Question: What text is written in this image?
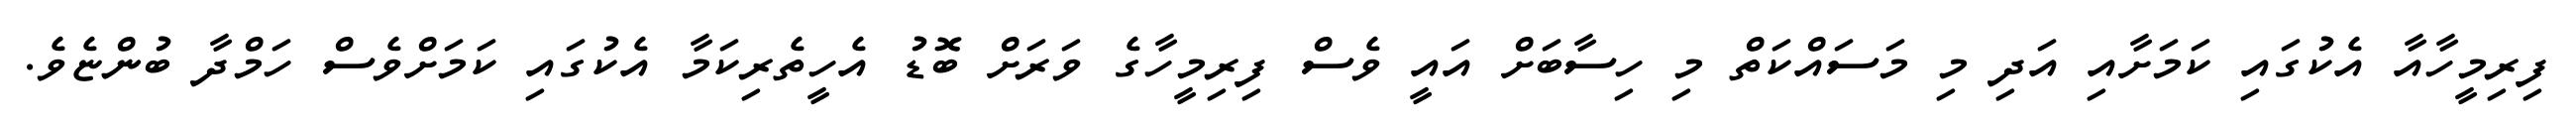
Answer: ފިރިމީހާއާ އެކުގައި ކަމަށާއި އަދި މި މަސައްކަތް މި ހިސާބަށް އައީ ވެސް ފިރިމީހާގެ ވަރަށް ބޮޑު އެހީތެރިކަމާ އެކުގައި ކަމަށްވެސް ހަމްދާ ބުންޏެވެ.